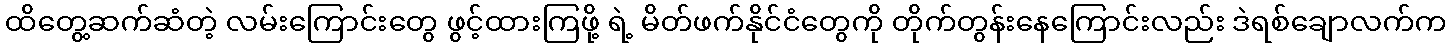
ထိတွေ့ဆက်ဆံတဲ့ လမ်းကြောင်းတွေ ဖွင့်ထားကြဖို့ ရဲ့ မိတ်ဖက်နိုင်ငံတွေကို တိုက်တွန်းနေကြောင်းလည်း ဒဲရစ်ချောလက်က